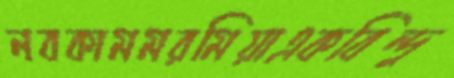
নবকামমরমিয়াএকবিন্দু